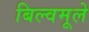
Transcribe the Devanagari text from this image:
बिल्वमूले